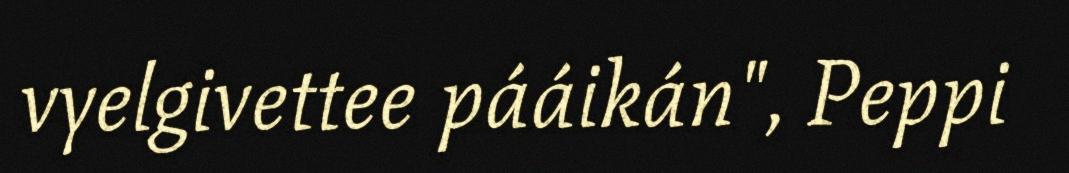
vyelgivettee pááikán", Peppi